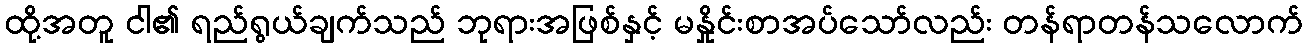
ထို့အတူ ငါ၏ ရည်ရွယ်ချက်သည် ဘုရားအဖြစ်နှင့် မနှိုင်းစာအပ်သော်လည်း တန်ရာတန်သလောက်